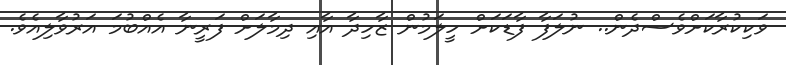
ވަކިކުރާކަށްވެސްދެން.. ނުލަފާ ފާޑަކަށް ހީލަމުން ޒާހިދާ އާއި ދިމާލަށް ފަރީނާ އެއްބުމަ އަރުވާލިއެވެ.